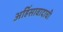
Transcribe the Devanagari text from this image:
अहिंसावादाची